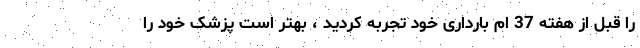
را قبل از هفته 37 ام بارداری خود تجربه کردید ، بهتر است پزشک خود را